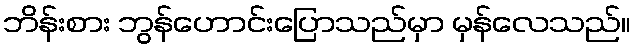
ဘိန်းစား ဘွန်ဟောင်းပြောသည်မှာ မှန်လေသည်။